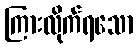
ကြားလိုက်ရသော